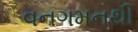
વનગમનથી